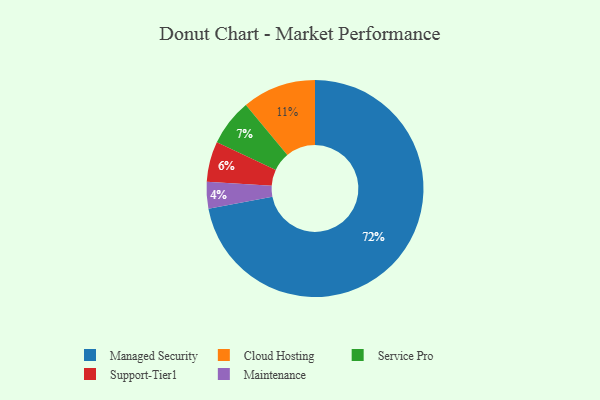
{"axis": {"x": "Category", "y": "Percentage"}, "legend": ["Cloud Hosting", "Maintenance", "Managed Security", "Service Pro", "Support-Tier1"], "data": [{"x": "Managed Security", "y": 72, "type": "Managed Security"}, {"x": "Maintenance", "y": 4, "type": "Maintenance"}, {"x": "Service Pro", "y": 7, "type": "Service Pro"}, {"x": "Support-Tier1", "y": 6, "type": "Support-Tier1"}, {"x": "Cloud Hosting", "y": 11, "type": "Cloud Hosting"}]}